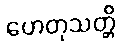
ဟေတုသတ္တိ